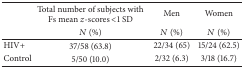
<table><thead><tr><td><b> </b></td><td><b>Total number of subjects with Fs mean <i>z</i>-scores &lt;1 SD</b></td><td><b>Men</b></td><td><b>Women</b></td></tr><tr><td><b> </b></td><td><b><i>N</i> (%)</b></td><td><b><i>N</i> (%)</b></td><td><b><i>N</i> (%)</b></td></tr></thead><tbody><tr><td>HIV+</td><td>37/58 (63.8)</td><td>22/34 (65)</td><td>15/24 (62.5)</td></tr><tr><td>Control</td><td>5/50 (10.0)</td><td>2/32 (6.3)</td><td>3/18 (16.7)</td></tr></tbody></table>